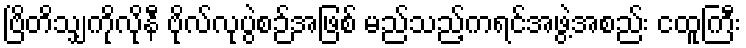
ဗြိတိသျှကိုလိုနီ ဗိုလ်လုပွဲစဉ်အဖြစ် မည်သည့်ကရင်အဖွဲ့အစည်း ငထူကြီး